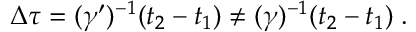
\Delta \tau = ( \gamma ^ { \prime } ) ^ { - 1 } ( t _ { 2 } - t _ { 1 } ) \neq ( \gamma ) ^ { - 1 } ( t _ { 2 } - t _ { 1 } ) \; .